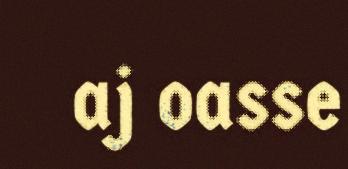
aj oasse